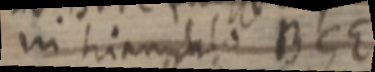
in triangulo BGE